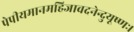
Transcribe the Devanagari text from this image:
पेपीयमानमहिजावदनेन्दुयूष्णः।